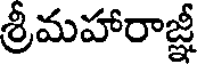
శ్రీమహారాజ్ఞీ